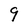
Character: 9